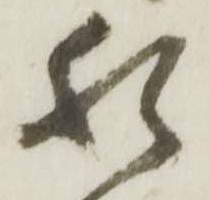
猶